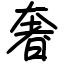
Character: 奢